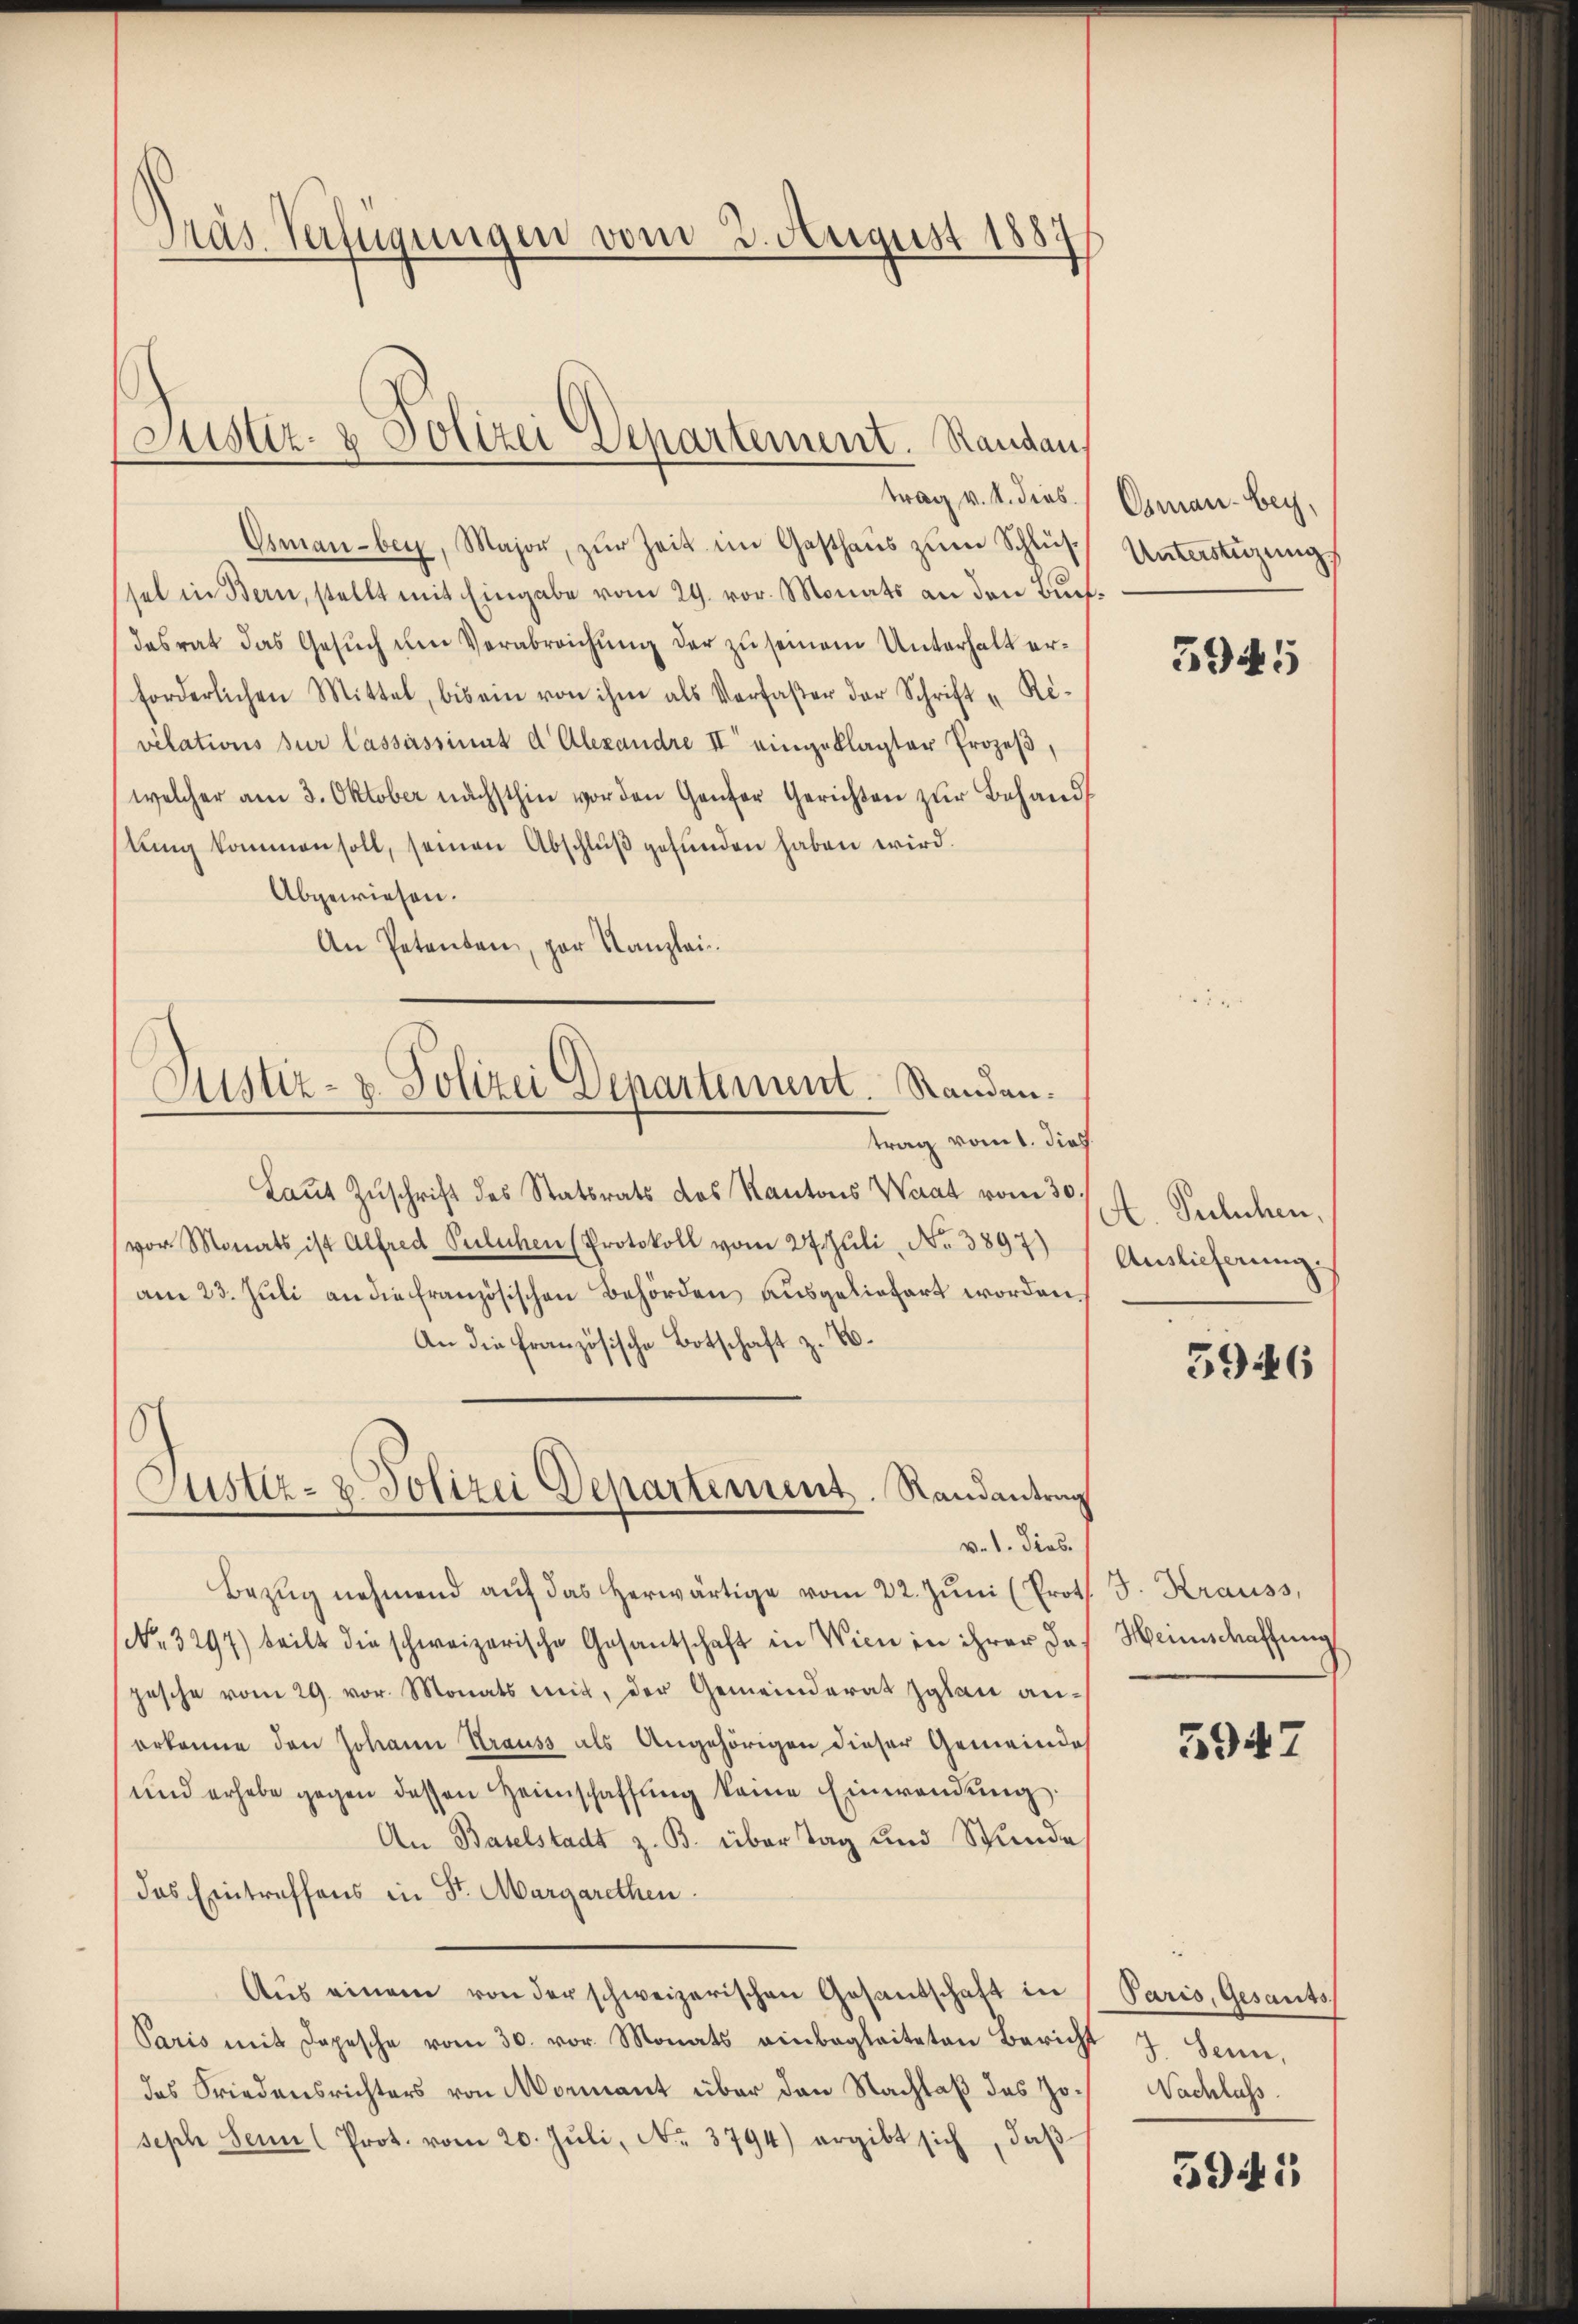
Dras Verfügungen vom 3. August 1887

Justiz- & Polizei Departement. Randau,

Osman bey, Major, zur Zeit im Gasthaus zum Schlüssel in Bern, stellt mit Eingabe vom 29. vor. Monats an den Buchdasrat das Gesuch um Verabreichung der zu seinem Unterhalt erforderlichen Mittel, bis ein von ihm als Verfaser der Schrift „Ri-
velations zur Cassassinnt d' Alexandre II eingeklagter Prozeβ,
welcher am 3. Oktober nächsthin vor den Ganter Gerichten zŭr Behandstung kommen soll, seinen Abschluß gefunden haben wird.
Abgewiesen.
An Petenten, par Kanzlei
trag vom 1. dies
Laŭt Zŭschrift des Statsrats des Kantons Waat vom 30.
vor Monats ist Alfred Pulechen (Protokoll vom 27. Juli, No 3897)
am 23. Juli an die Französischen Behörden ausgeliefert worden.
An die französische Botschaft z. B.
16
Justiz- & Polizei Departement. Randantrag
v. 1. dies
Bezŭg nehmend aŭf das herwärtige vom 22. Jŭni (Proth J. Krauss,
(NNo. 3297) teilt die schweizerische Gesantschaft in Wien in ihrer da
pesche vom 29. vor. Monats mit, der Gemeinderat zalen anerkenne den Johann Strauss als Angehörigen dieser Gemeinde
(und erhebe gegen dessen Heimschaffŭng keine Einwendŭng.
An Baselstadt z. B. über Tag und Stunde
das Eintreffens in St. Margarethen.
Aus einem von der schweizerischen Gesantschaft in
Paris mit dopesche vom 30. vor. Monats einbegleiteten Bericht 7 Senn,
das Friedensrichters von Monnant über den Nachlaß das Joseph Sein (Prot. vom 20. Jŭli, No. 3794) ergibt sich, daβ

Gustiz- u. Polizei Departement. Randan¬

trag v. M. dies Geman-bey,
Unterstüzung

5945

A. Pulchen,
Auslieferung.

3946

Heinschaffung

5947

Paris, Gesants,
Nachlass

5941